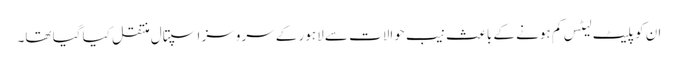
ان کو پلیٹ لیٹس کم ہونے کے باعث نیب حوالات سے لاہور کے سروسز اسپتال منتقل کیا گیا تھا۔